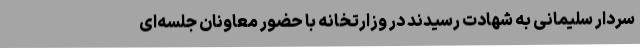
سردار سلیمانی به شهادت رسیدند در وزارتخانه با حضور معاونان جلسه‌ای